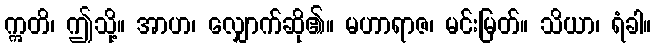
ဣတိ၊ ဤသို့။ အာဟ၊ လျှောက်ဆို၏။ မဟာရာဇ၊ မင်းမြတ်။ သိယာ၊ ရံခါ။